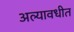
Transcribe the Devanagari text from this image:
अल्यावधीत